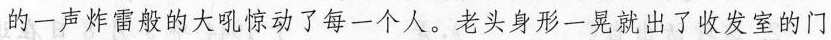
的一声炸雷般的大吼惊动了每一个人，老头身形一晃就出了收发室的门